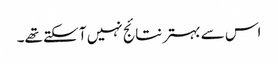
اس سے بہتر نتائج نہیں آ سکتے تھے۔